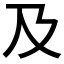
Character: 及